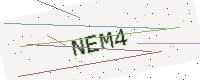
Text: NEM4